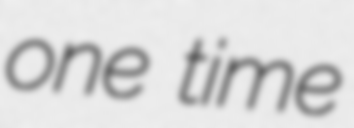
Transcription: one time